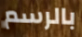
بالرسم